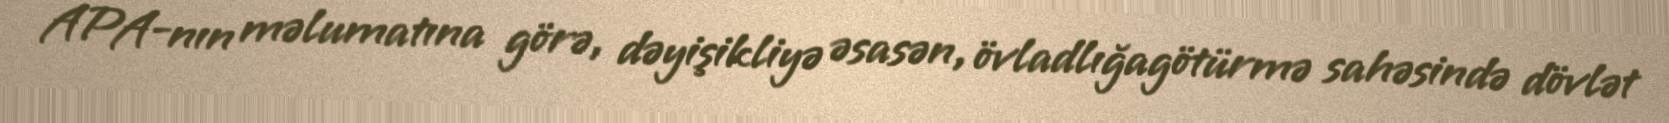
APA-nın məlumatına görə, dəyişikliyə əsasən, övladlığagötürmə sahəsində dövlət